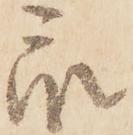
衆